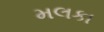
મલકા